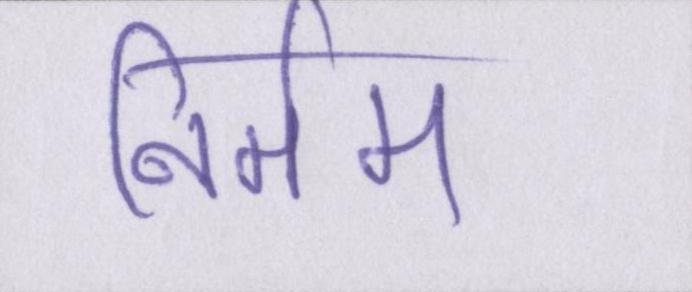
निर्मम